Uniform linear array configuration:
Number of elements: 16
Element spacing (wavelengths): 0.25
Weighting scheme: blackman
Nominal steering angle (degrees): -15
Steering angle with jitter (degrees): -15.316
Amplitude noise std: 0.05
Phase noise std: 0.05

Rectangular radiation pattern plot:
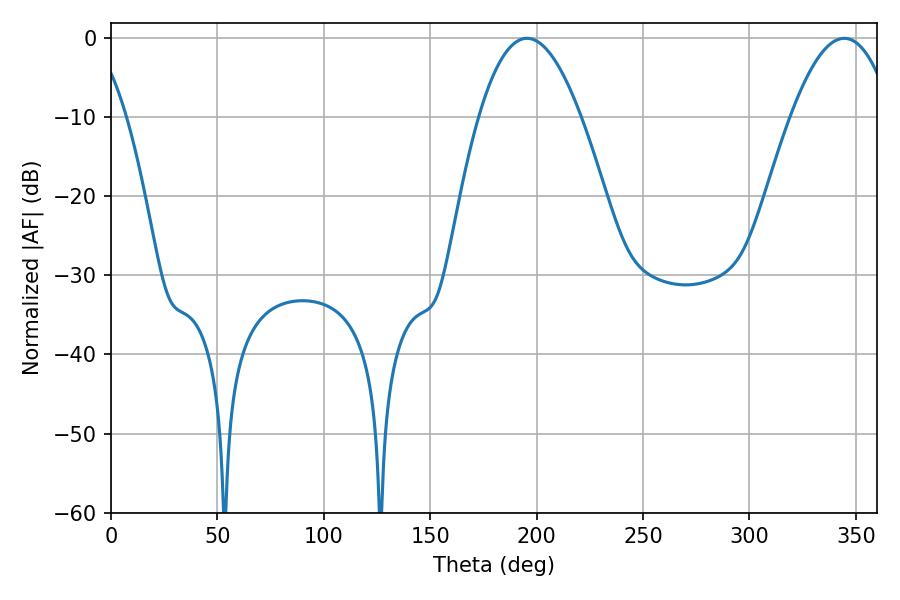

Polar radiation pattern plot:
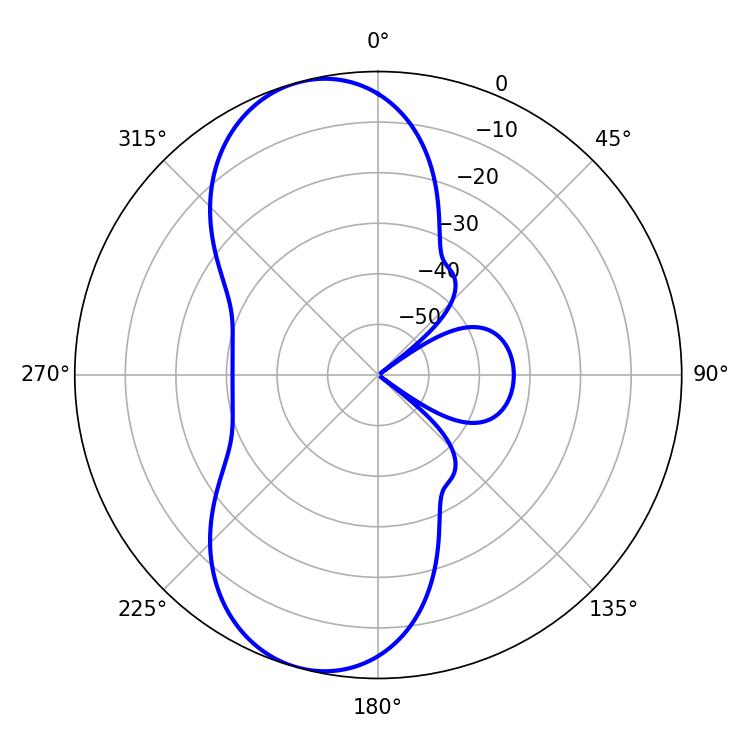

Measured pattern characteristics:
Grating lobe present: FALSE
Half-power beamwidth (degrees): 26.28
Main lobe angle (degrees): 195.48